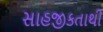
સાહજીકતાથી